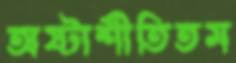
অষ্টাশীতিতম